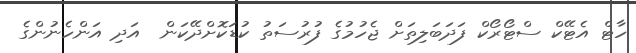
ހާޓް އެޓޭކް ސްޓޯރޯކް ފަދަބަލިތަށް ޖެހުމުގެ ފުރުސަތު ކުޑަކޮށްދޭކަން  އަދި އަންހެނުންގެ